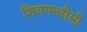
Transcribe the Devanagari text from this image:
शिवपच्चीसी